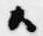
候